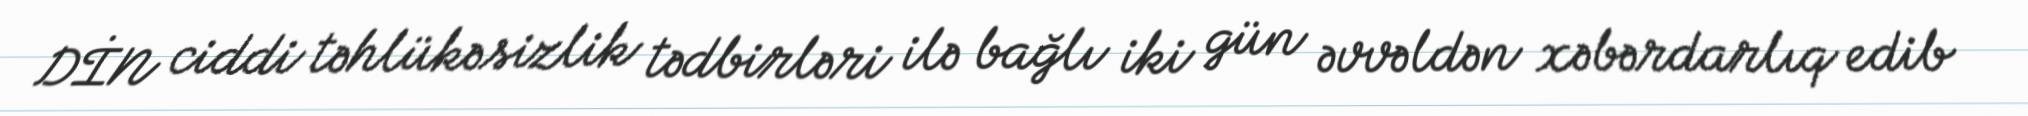
DİN ciddi təhlükəsizlik tədbirləri ilə bağlı iki gün əvvəldən xəbərdarlıq edib